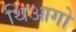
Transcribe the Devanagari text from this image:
थिआगो